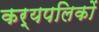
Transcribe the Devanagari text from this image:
कर्यपलिकों